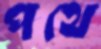
পথে